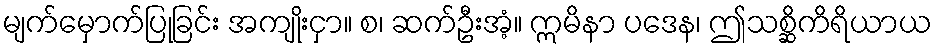
မျက်မှောက်ပြုခြင်း အကျိုးငှာ။ စ၊ ဆက်ဦးအံ့။ ဣမိနာ ပဒေန၊ ဤသစ္ဆိကိရိယာယ